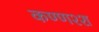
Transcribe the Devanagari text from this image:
कण्णश्श